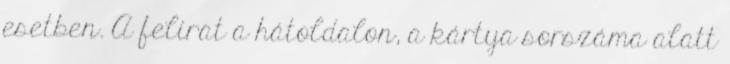
esetben. A felirat a hátoldalon, a kártya sorszáma alatt